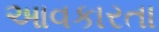
આવકારતા